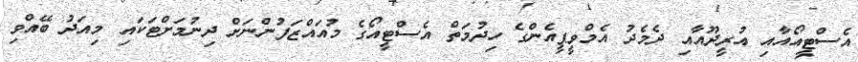
އެސްޓީއޯއާއި އުރީދޫއާއި ދެމެދު އެމްވީޕީއެންގެ ހިދުމަތް އެސްޓީއޯގެ މުއައްޒަފުންނަށް ދިނުމަށްޓަކައި މިއަދު ބޭއްވި